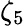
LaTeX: \zeta_{5}